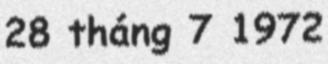
28 tháng 7 1972